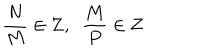
{ \frac { N } { M } } \in { \bf Z } , \, \, \, { \frac { M } { P } } \in { \bf Z }